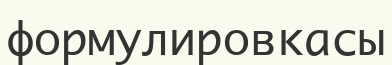
формулировкасы